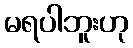
မရပါဘူးဟု